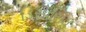
ડિસાસિવ